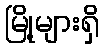
မြို့များရှိ